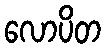
လောပိတ